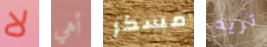
لا أهي مسكر تريد